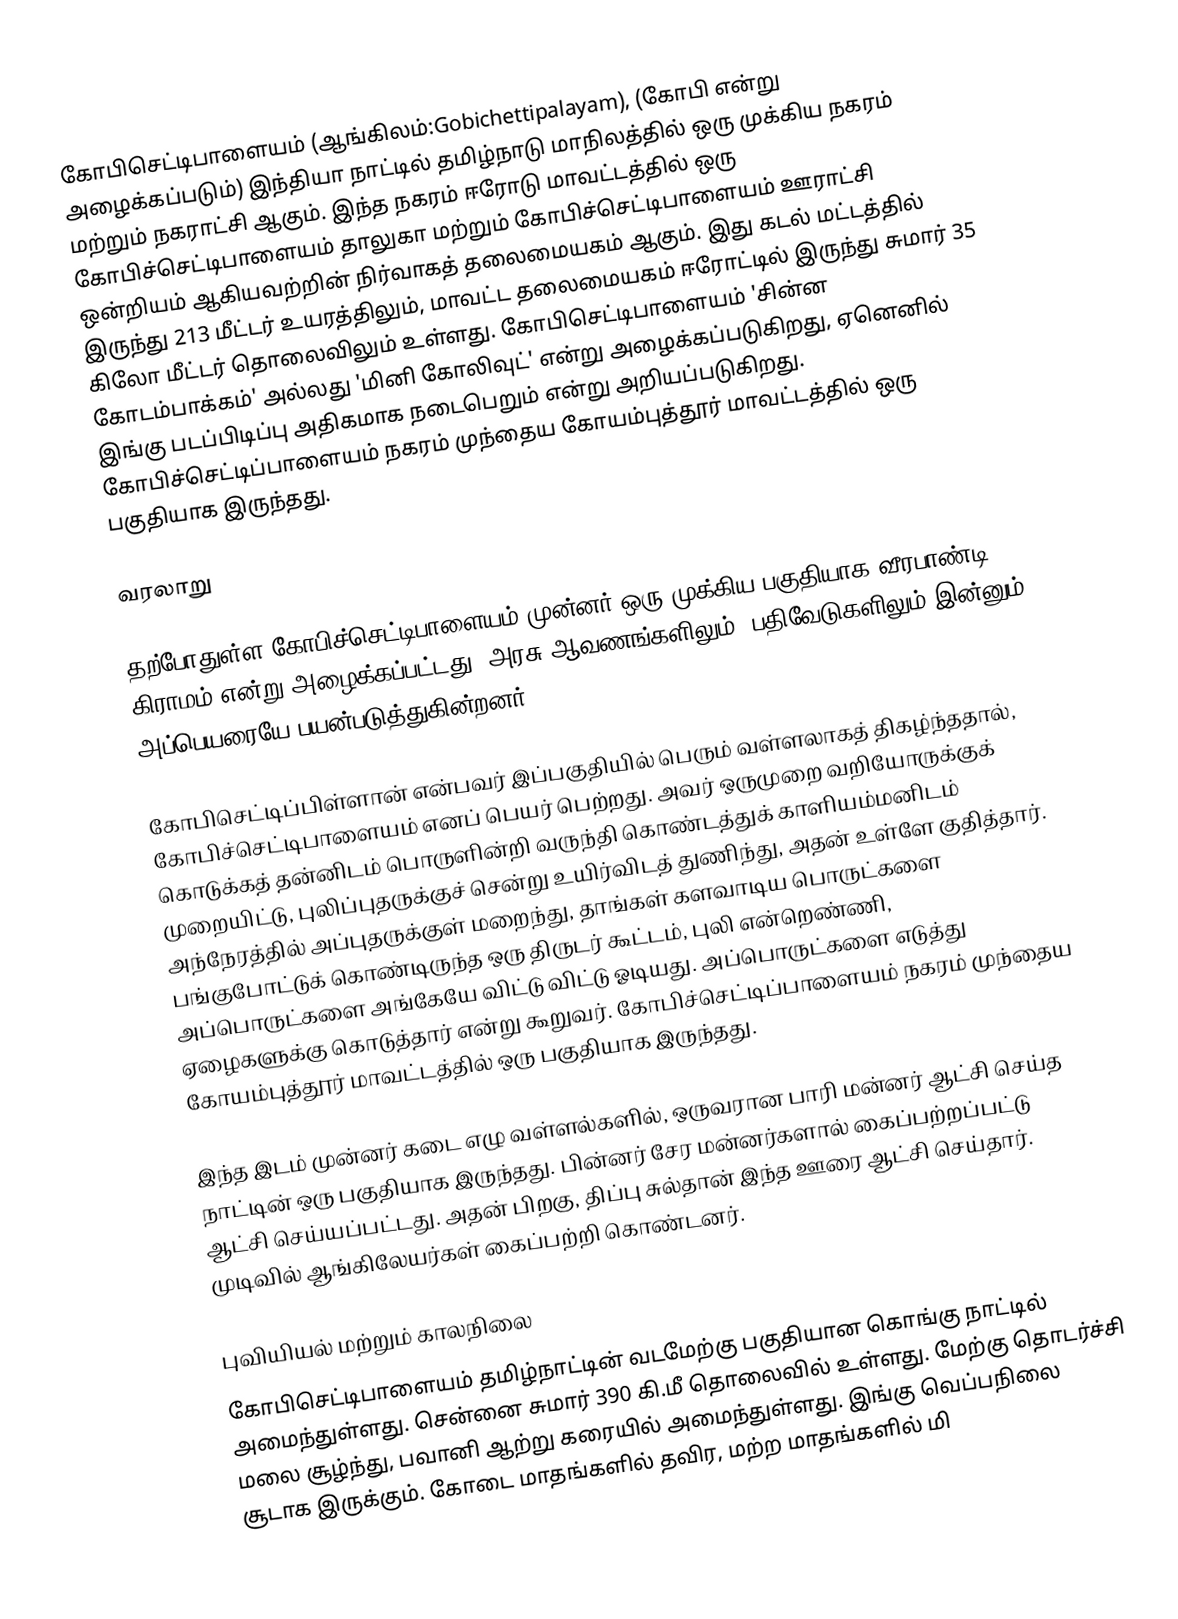
கோபிசெட்டிபாளையம் (ஆங்கிலம்:Gobichettipalayam), (கோபி என்று அழைக்கப்படும்) இந்தியா நாட்டில் தமிழ்நாடு மாநிலத்தில் ஒரு முக்கிய நகரம் மற்றும் நகராட்சி ஆகும். இந்த நகரம் ஈரோடு மாவட்டத்தில் ஒரு கோபிச்செட்டிபாளையம் தாலுகா மற்றும் கோபிச்செட்டிபாளையம் ஊராட்சி ஒன்றியம் ஆகியவற்றின் நிர்வாகத் தலைமையகம் ஆகும். இது கடல் மட்டத்தில் இருந்து 213 மீட்டர் உயரத்திலும், மாவட்ட தலைமையகம் ஈரோட்டில் இருந்து சுமார் 35 கிலோ மீட்டர் தொலைவிலும் உள்ளது. கோபிசெட்டிபாளையம் 'சின்ன கோடம்பாக்கம்' அல்லது 'மினி கோலிவுட்' என்று அழைக்கப்படுகிறது, ஏனெனில் இங்கு படப்பிடிப்பு அதிகமாக நடைபெறும் என்று அறியப்படுகிறது. கோபிச்செட்டிப்பாளையம் நகரம் முந்தைய கோயம்புத்தூர் மாவட்டத்தில் ஒரு பகுதியாக இருந்தது.

வரலாறு

தற்போதுள்ள கோபிச்செட்டிபாளையம் முன்னர் ஒரு முக்கிய பகுதியாக வீரபாண்டி கிராமம் என்று அழைக்கப்பட்டது. அரசு ஆவணங்களிலும், பதிவேடுகளிலும் இன்னும் அப்பெயரையே பயன்படுத்துகின்றனர்.

கோபிசெட்டிப்பிள்ளான் என்பவர் இப்பகுதியில் பெரும் வள்ளலாகத் திகழ்ந்ததால், கோபிச்செட்டிபாளையம் எனப் பெயர் பெற்றது. அவர் ஒருமுறை வறியோருக்குக் கொடுக்கத் தன்னிடம் பொருளின்றி வருந்தி கொண்டத்துக் காளியம்மனிடம் முறையிட்டு, புலிப்புதருக்குச் சென்று உயிர்விடத் துணிந்து, அதன் உள்ளே குதித்தார். அந்நேரத்தில் அப்புதருக்குள் மறைந்து, தாங்கள் களவாடிய பொருட்களை பங்குபோட்டுக் கொண்டிருந்த ஒரு திருடர் கூட்டம், புலி என்றெண்ணி, அப்பொருட்களை அங்கேயே விட்டு விட்டு ஓடியது. அப்பொருட்களை எடுத்து ஏழைகளுக்கு கொடுத்தார் என்று கூறுவர். கோபிச்செட்டிப்பாளையம் நகரம் முந்தைய கோயம்புத்தூர் மாவட்டத்தில் ஒரு பகுதியாக இருந்தது.

இந்த இடம் முன்னர் கடை எழு வள்ளல்களில், ஒருவரான பாரி மன்னர் ஆட்சி செய்த நாட்டின் ஒரு பகுதியாக இருந்தது. பின்னர் சேர மன்னர்களால் கைப்பற்றப்பட்டு ஆட்சி செய்யப்பட்டது. அதன் பிறகு, திப்பு சுல்தான் இந்த ஊரை ஆட்சி செய்தார். முடிவில் ஆங்கிலேயர்கள் கைப்பற்றி கொண்டனர்.

புவியியல் மற்றும் காலநிலை
கோபிசெட்டிபாளையம் தமிழ்நாட்டின் வடமேற்கு பகுதியான கொங்கு நாட்டில் அமைந்துள்ளது. சென்னை சுமார் 390 கி.மீ தொலைவில் உள்ளது. மேற்கு தொடர்ச்சி மலை சூழ்ந்து, பவானி ஆற்று கரையில் அமைந்துள்ளது. இங்கு வெப்பநிலை சூடாக இருக்கும். கோடை மாதங்களில் தவிர, மற்ற மாதங்களில் மி